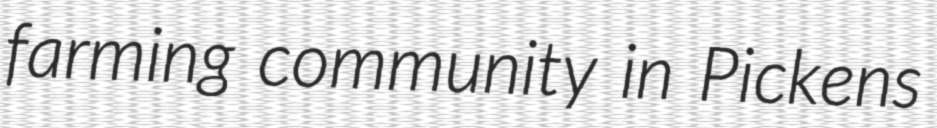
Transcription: farming community in Pickens